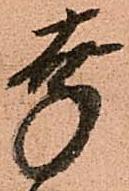
幸